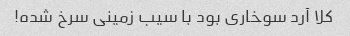
کلا آرد سوخاری بود با سیب زمینی سرخ شده!